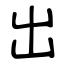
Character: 出